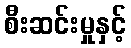
စီးဆင်းမှုနှင့်